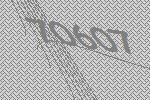
70607